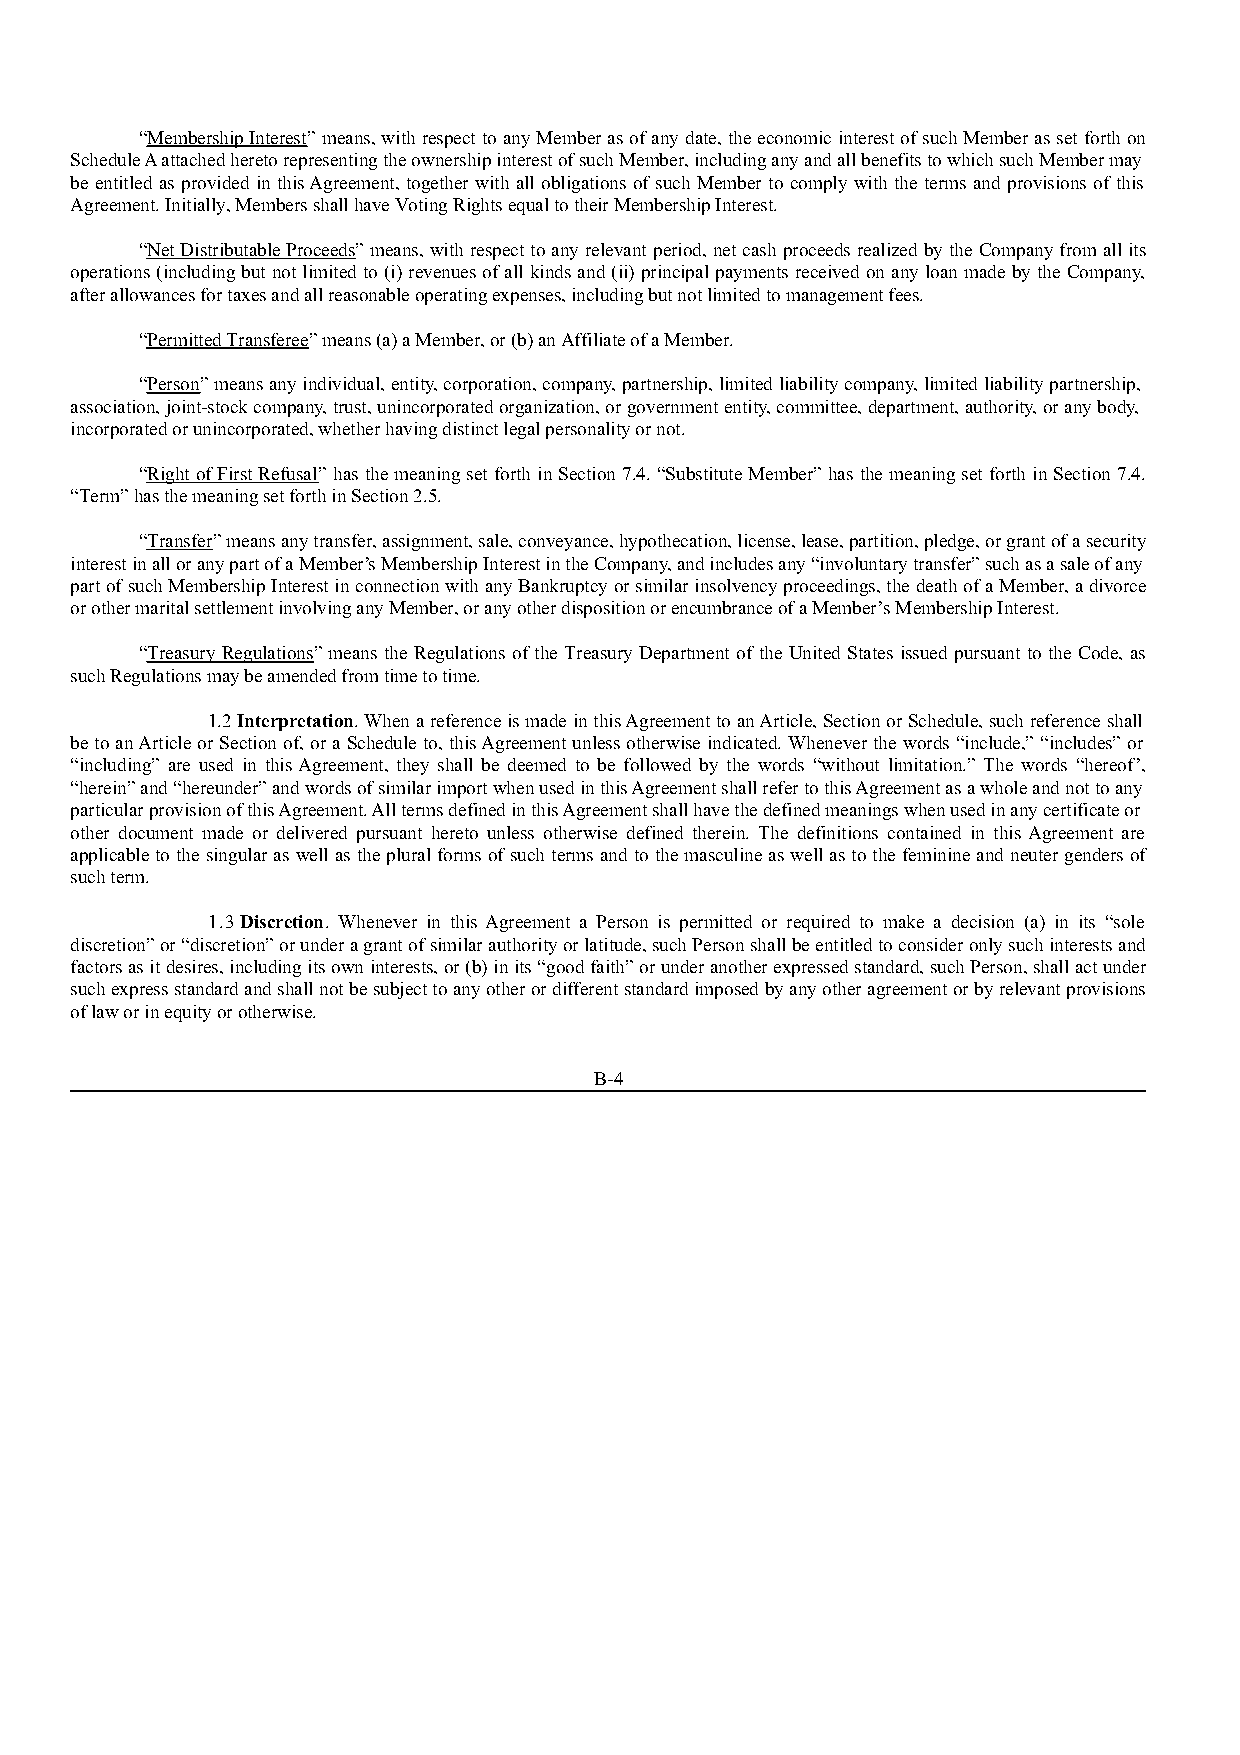
“Membership Interest” means, with respect to any Member as of any date, the economic interest of such Member as set forth on
 Schedule A attached hereto representing the ownership interest of such Member, including any and all benefits to which such Member may
 be entitled as provided in this Agreement, together with all obligations of such Member to comply with the terms and provisions of this
 Agreement. Initially, Members shall have Voting Rights equal to their Membership Interest.
 “Net Distributable Proceeds” means, with respect to any relevant period, net cash proceeds realized by the Company from all its
 operations (including but not limited to (i) revenues of all kinds and (ii) principal payments received on any loan made by the Company,
 after allowances for taxes and all reasonable operating expenses, including but not limited to management fees.
 “Permitted Transferee” means (a) a Member, or (b) an Affiliate of a Member.
 “Person” means any individual, entity, corporation, company, partnership, limited liability company, limited liability partnership,
 association, joint-stock company, trust, unincorporated organization, or government entity, committee, department, authority, or any body,
 incorporated or unincorporated, whether having distinct legal personality or not.
 “Right of First Refusal” has the meaning set forth in Section 7.4. “Substitute Member” has the meaning set forth in Section 7.4.
 “Term” has the meaning set forth in Section 2.5.
 “Transfer” means any transfer, assignment, sale, conveyance, hypothecation, license, lease, partition, pledge, or grant of a security
 interest in all or any part of a Member’s Membership Interest in the Company, and includes any “involuntary transfer” such as a sale of any
 part of such Membership Interest in connection with any Bankruptcy or similar insolvency proceedings, the death of a Member, a divorce
 or other marital settlement involving any Member, or any other disposition or encumbrance of a Member’s Membership Interest.
 “Treasury Regulations” means the Regulations of the Treasury Department of the United States issued pursuant to the Code, as
 such Regulations may be amended from time to time.
 1.2 Interpretation. When a reference is made in this Agreement to an Article, Section or Schedule, such reference shall
 be to an Article or Section of, or a Schedule to, this Agreement unless otherwise indicated. Whenever the words “include,” “includes” or
 “including” are used in this Agreement, they shall be deemed to be followed by the words “without limitation.” The words “hereof’,
 “herein” and “hereunder” and words of similar import when used in this Agreement shall refer to this Agreement as a whole and not to any
 particular provision of this Agreement. All terms defined in this Agreement shall have the defined meanings when used in any certificate or
 other document made or delivered pursuant hereto unless otherwise defined therein. The definitions contained in this Agreement are
 applicable to the singular as well as the plural forms of such terms and to the masculine as well as to the feminine and neuter genders of
 such term.
 1.3 Discretion. Whenever in this Agreement a Person is permitted or required to make a decision (a) in its “sole
 discretion” or “discretion” or under a grant of similar authority or latitude, such Person shall be entitled to consider only such interests and
 factors as it desires, including its own interests, or (b) in its “good faith” or under another expressed standard, such Person, shall act under
 such express standard and shall not be subject to any other or different standard imposed by any other agreement or by relevant provisions
 of law or in equity or otherwise.
 B-4